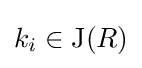
k_{i}\in \operatorname {J} (R)